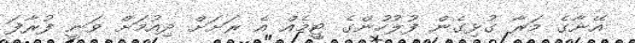
އޭނާގެ މަރާ ގުޅިގެން ފުލުހުންގެ ޓީމެއް އެ ރަށަށް ދިއުމަށް ވަނީ ފުރާފަ